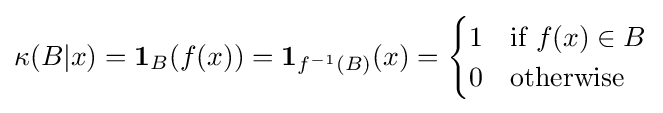
\kappa (B|x)=\mathbf {1} _{B}(f(x))=\mathbf {1} _{f^{-1}(B)}(x)={\begin{cases}1&{\text{if }}f(x)\in B\\0&{\text{otherwise}}\end{cases}}